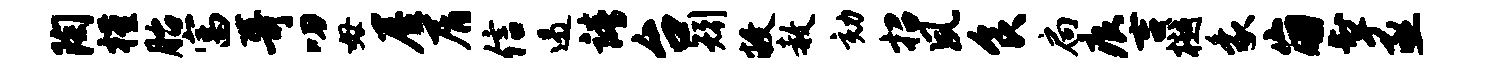
陶槿胎富哥叨毋屋屑信遏靖台矧敝赦劾招夙食扃痕吉樾象崩掣亟